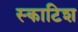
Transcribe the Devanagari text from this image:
स्‍काटिश